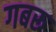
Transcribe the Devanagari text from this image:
गबरू